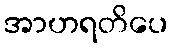
အာဟရတိပေ